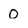
Character: 0